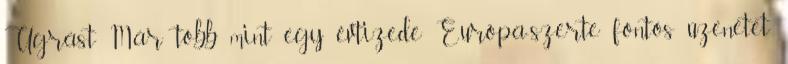
Ugrást Már több mint egy évtizede Európa-szerte fontos üzenetet